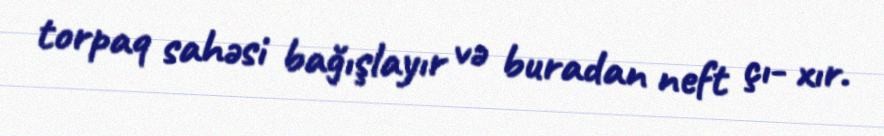
torpaq sahəsi bağışlayır və buradan neft çı- xır.